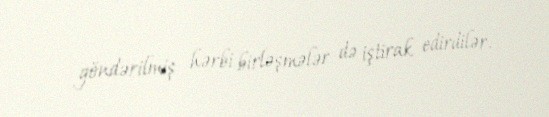
göndərilmiş hərbi birləşmələr də iştirak edirdilər.